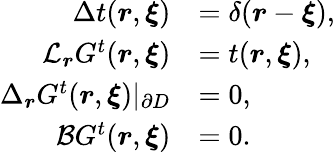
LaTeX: \begin{array}{rl}{\Delta t(\boldsymbol{r},\boldsymbol{\xi})}&{=\delta(\boldsymbol{r}-\boldsymbol{\xi}),}\\ {\mathcal{L}_{\boldsymbol{r}}G^{t}(\boldsymbol{r},\boldsymbol{\xi})}&{=t(\boldsymbol{r},\boldsymbol{\xi}),}\\ {\Delta_{\boldsymbol{r}}G^{t}(\boldsymbol{r},\boldsymbol{\xi})|_{\partial D}}&{=0,}\\ {\mathcal{B}G^{t}(\boldsymbol{r},\boldsymbol{\xi})}&{=0.}\end{array}